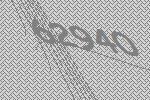
62940